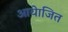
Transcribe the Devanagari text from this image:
आयेाजित